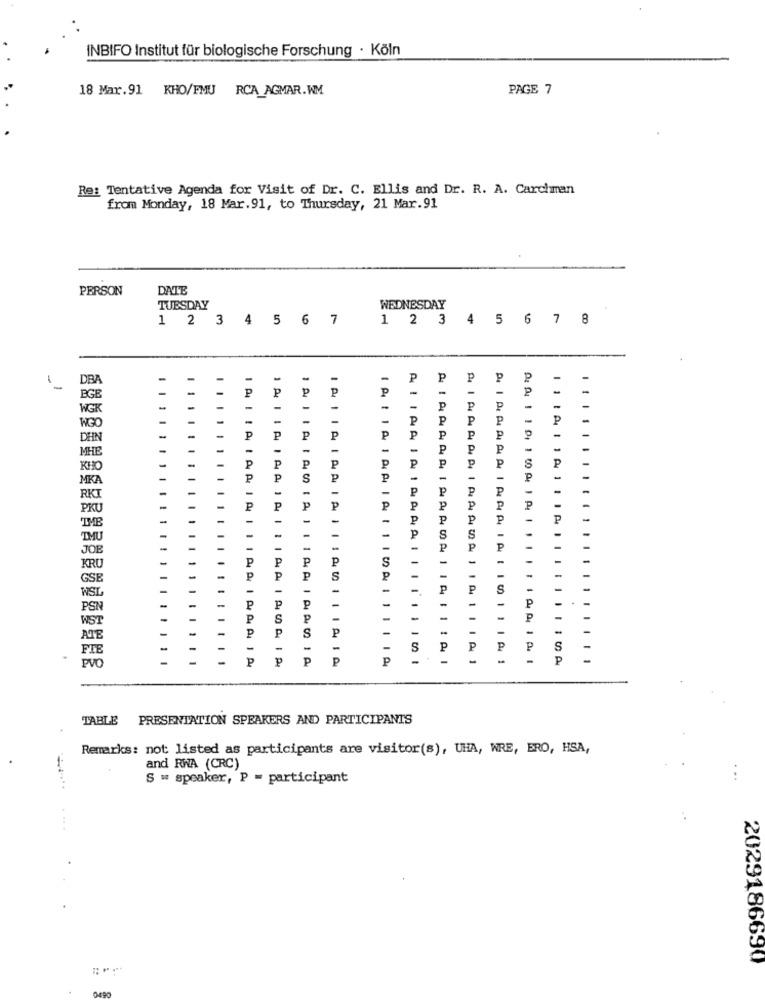
INBIFO Institut für biologische Forschung · Köln
18 Mar.91 KHO/FMU RCA_AGMAR.WM
PAGE 7
Re: Tentative Agenda for Visit of Dr. C. Ellis and Dr. R. A. Carchman
from Monday, 18 Mar.91, to Thursday, 21 Mar.91
PERSON
DATE
TUESDAY
WEDNESDAY
1 2 3 4 5 6 7
1 2 3 4 5 6 7 8
DBA
-
P
P
P
P
P
P
₱
P
P
BGB
WGK
P
P
P
P
P
P
P
WGO
P
DEN
P
P
P
P
P
P
P
P
MHE
P
P
P
KHO
MIKA
P
P
P
P
P
RKI
PKU
P
P
P
P
P
P
P
P
P
P
P
IME
TMU
S
S
JOB
P
P
P
S
KR
GSE
P
WSI
PSN
WST
P
ATE
₽
FIE
S
P
P
S
PVD
P
p
P
P
A 1
P
TABLE PRESENTATION SPEAKERS AND PARTICIPANTS
Remarks: not listed as participants are visitor(s), UHA, WRE, ERO, HSA,
and RWA (CRC)
S = speaker, P = participant
2029186690